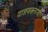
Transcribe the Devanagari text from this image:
याज्ञवक्ल्यजी